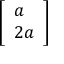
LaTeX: \left[ \begin{array} { l } { a } \\ { 2 a } \end{array} \right]